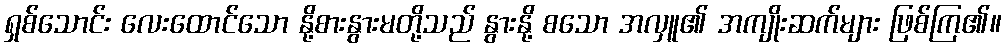
ရှစ်သောင်း လေးထောင်သော နို့စားနွားမတို့သည် နွားနို့ စသော အလှူ၏ အကျိုးဆက်များ ဖြစ်ကြ၏။